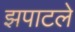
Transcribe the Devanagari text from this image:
झपाटले